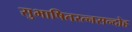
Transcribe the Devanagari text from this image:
सुभाषितरत्नसन्दोह